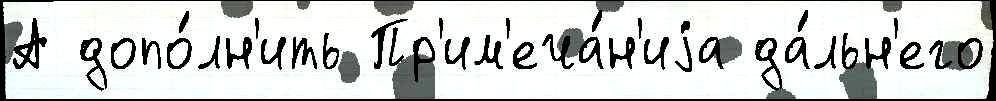
А допо́лн'ить Пр'им'еча́н'иjа да́льн'его